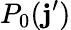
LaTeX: P_{0}(\mathbf{j}^{\prime})